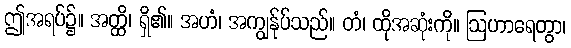
ဤအရပ်၌။ အတ္ထိ၊ ရှိ၏။ အဟံ၊ အကျွန်ုပ်သည်။ တံ၊ ထိုအဆုံးကို။ ဩဟာရေတွာ၊